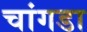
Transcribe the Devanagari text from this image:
चांगडा